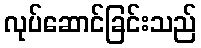
လုပ်ဆောင်ခြင်းသည်